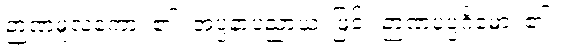
ဉာဏမူလကော၊ ၏။ အပ္ပနာပညာယ၊ ဖြင့်။ ဉာဏပုပ္ပင်္ဂမော၊ ၏။